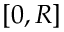
[ 0 , R ]